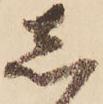
し